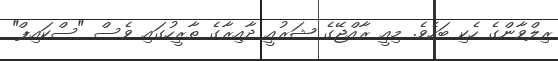
ރިލްވާންގެ ހެކި ބަހެވެ. މިއީ ރާއްޖޭގެ ޝަރުއީ ދާއިރާގެ ތާރީހުގައި ވެސް "ސްކައިޕް"